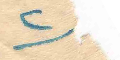
٢